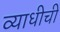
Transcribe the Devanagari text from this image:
व्याधीची